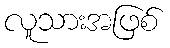
လူသားအဖြစ်